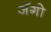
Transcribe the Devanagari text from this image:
जँगो